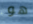
هو